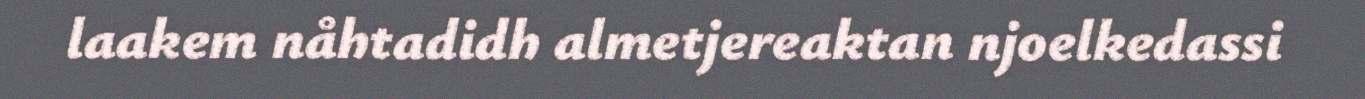
laakem nåhtadidh almetjereaktan njoelkedassi